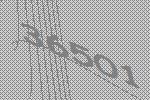
36501